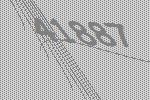
41887